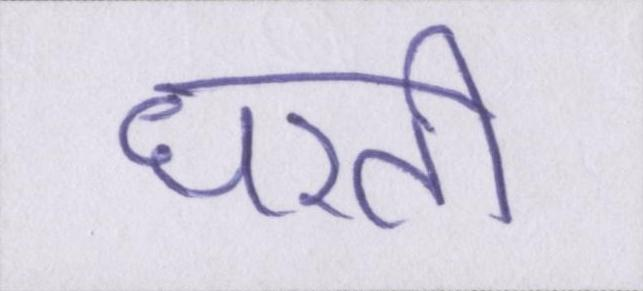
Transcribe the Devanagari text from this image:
धरती